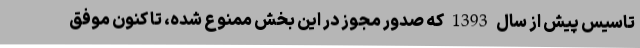
تاسیس پیش از سال 1393 که صدور مجوز در این بخش ممنوع شده، تا کنون موفق